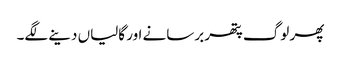
پھر لوگ پتھر برسانے اور گالیاں دینے لگے۔